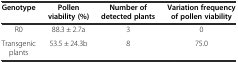
| Genotype | Pollen viability (%) | Number of detected plants | Variation frequency of pollen viability |
 | --- | --- | --- | --- |
 | R0 | 88.3 ± 2.7a | 3 | 0 |
 | Transgenic plants | 53.5 ± 24.3b | 8 | 75.0 |